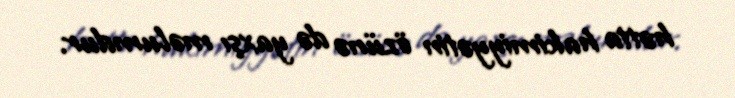
hətta hakimiyyətin özünə də yaxşı məlumdur.